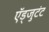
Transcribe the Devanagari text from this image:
ऍड्जुटंट